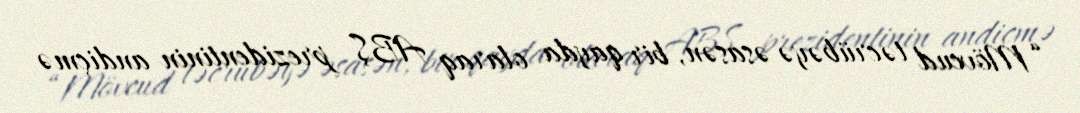
“Mövcud təcrübəyə əsasən, bir qayda olaraq ABŞ prezidentinin andiçmə